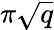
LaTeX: \pi\sqrt{q}